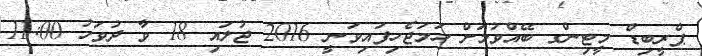
ޕްރީބިޑް މީޓިންގ ބޭއްވުމަށް ހަމަޖެހިފައިވަނީ 2016 ޖުލައި 18 ވާ ދުވަހު 11:00